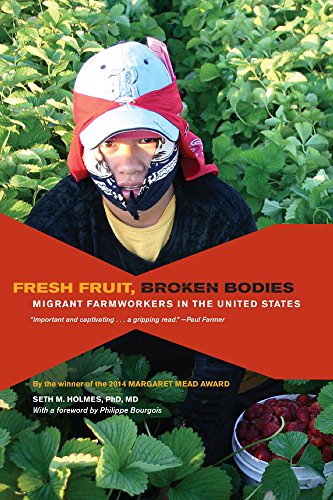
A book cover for Fresh Fruit, Broken Bodies: Migrant Farmworkers in the United States (California Series in Public Anthropology); Seth Holmes; Business & Money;